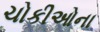
ચોકીઓના